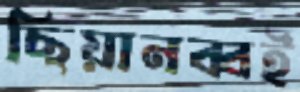
ছিয়ানব্বই